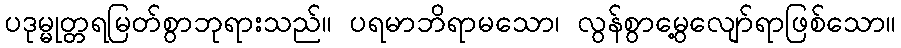
ပဒုမ္မုတ္တရမြတ်စွာဘုရားသည်။ ပရမာဘိရာမသော၊ လွန်စွာမွေ့လျော်ရာဖြစ်သော။